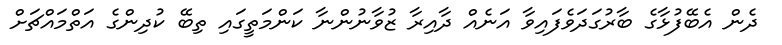
ދެން އެބޭފުޅާގެ ބާރުގަދަވެފައިވާ އަނެއް ދާއިރާ ޒުވާނުންނާ ކަންމަތީގައި ތިބޭ ކުދިންގެ އަތްމައްޗަށް